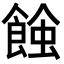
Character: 𧐂